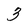
Character: 3